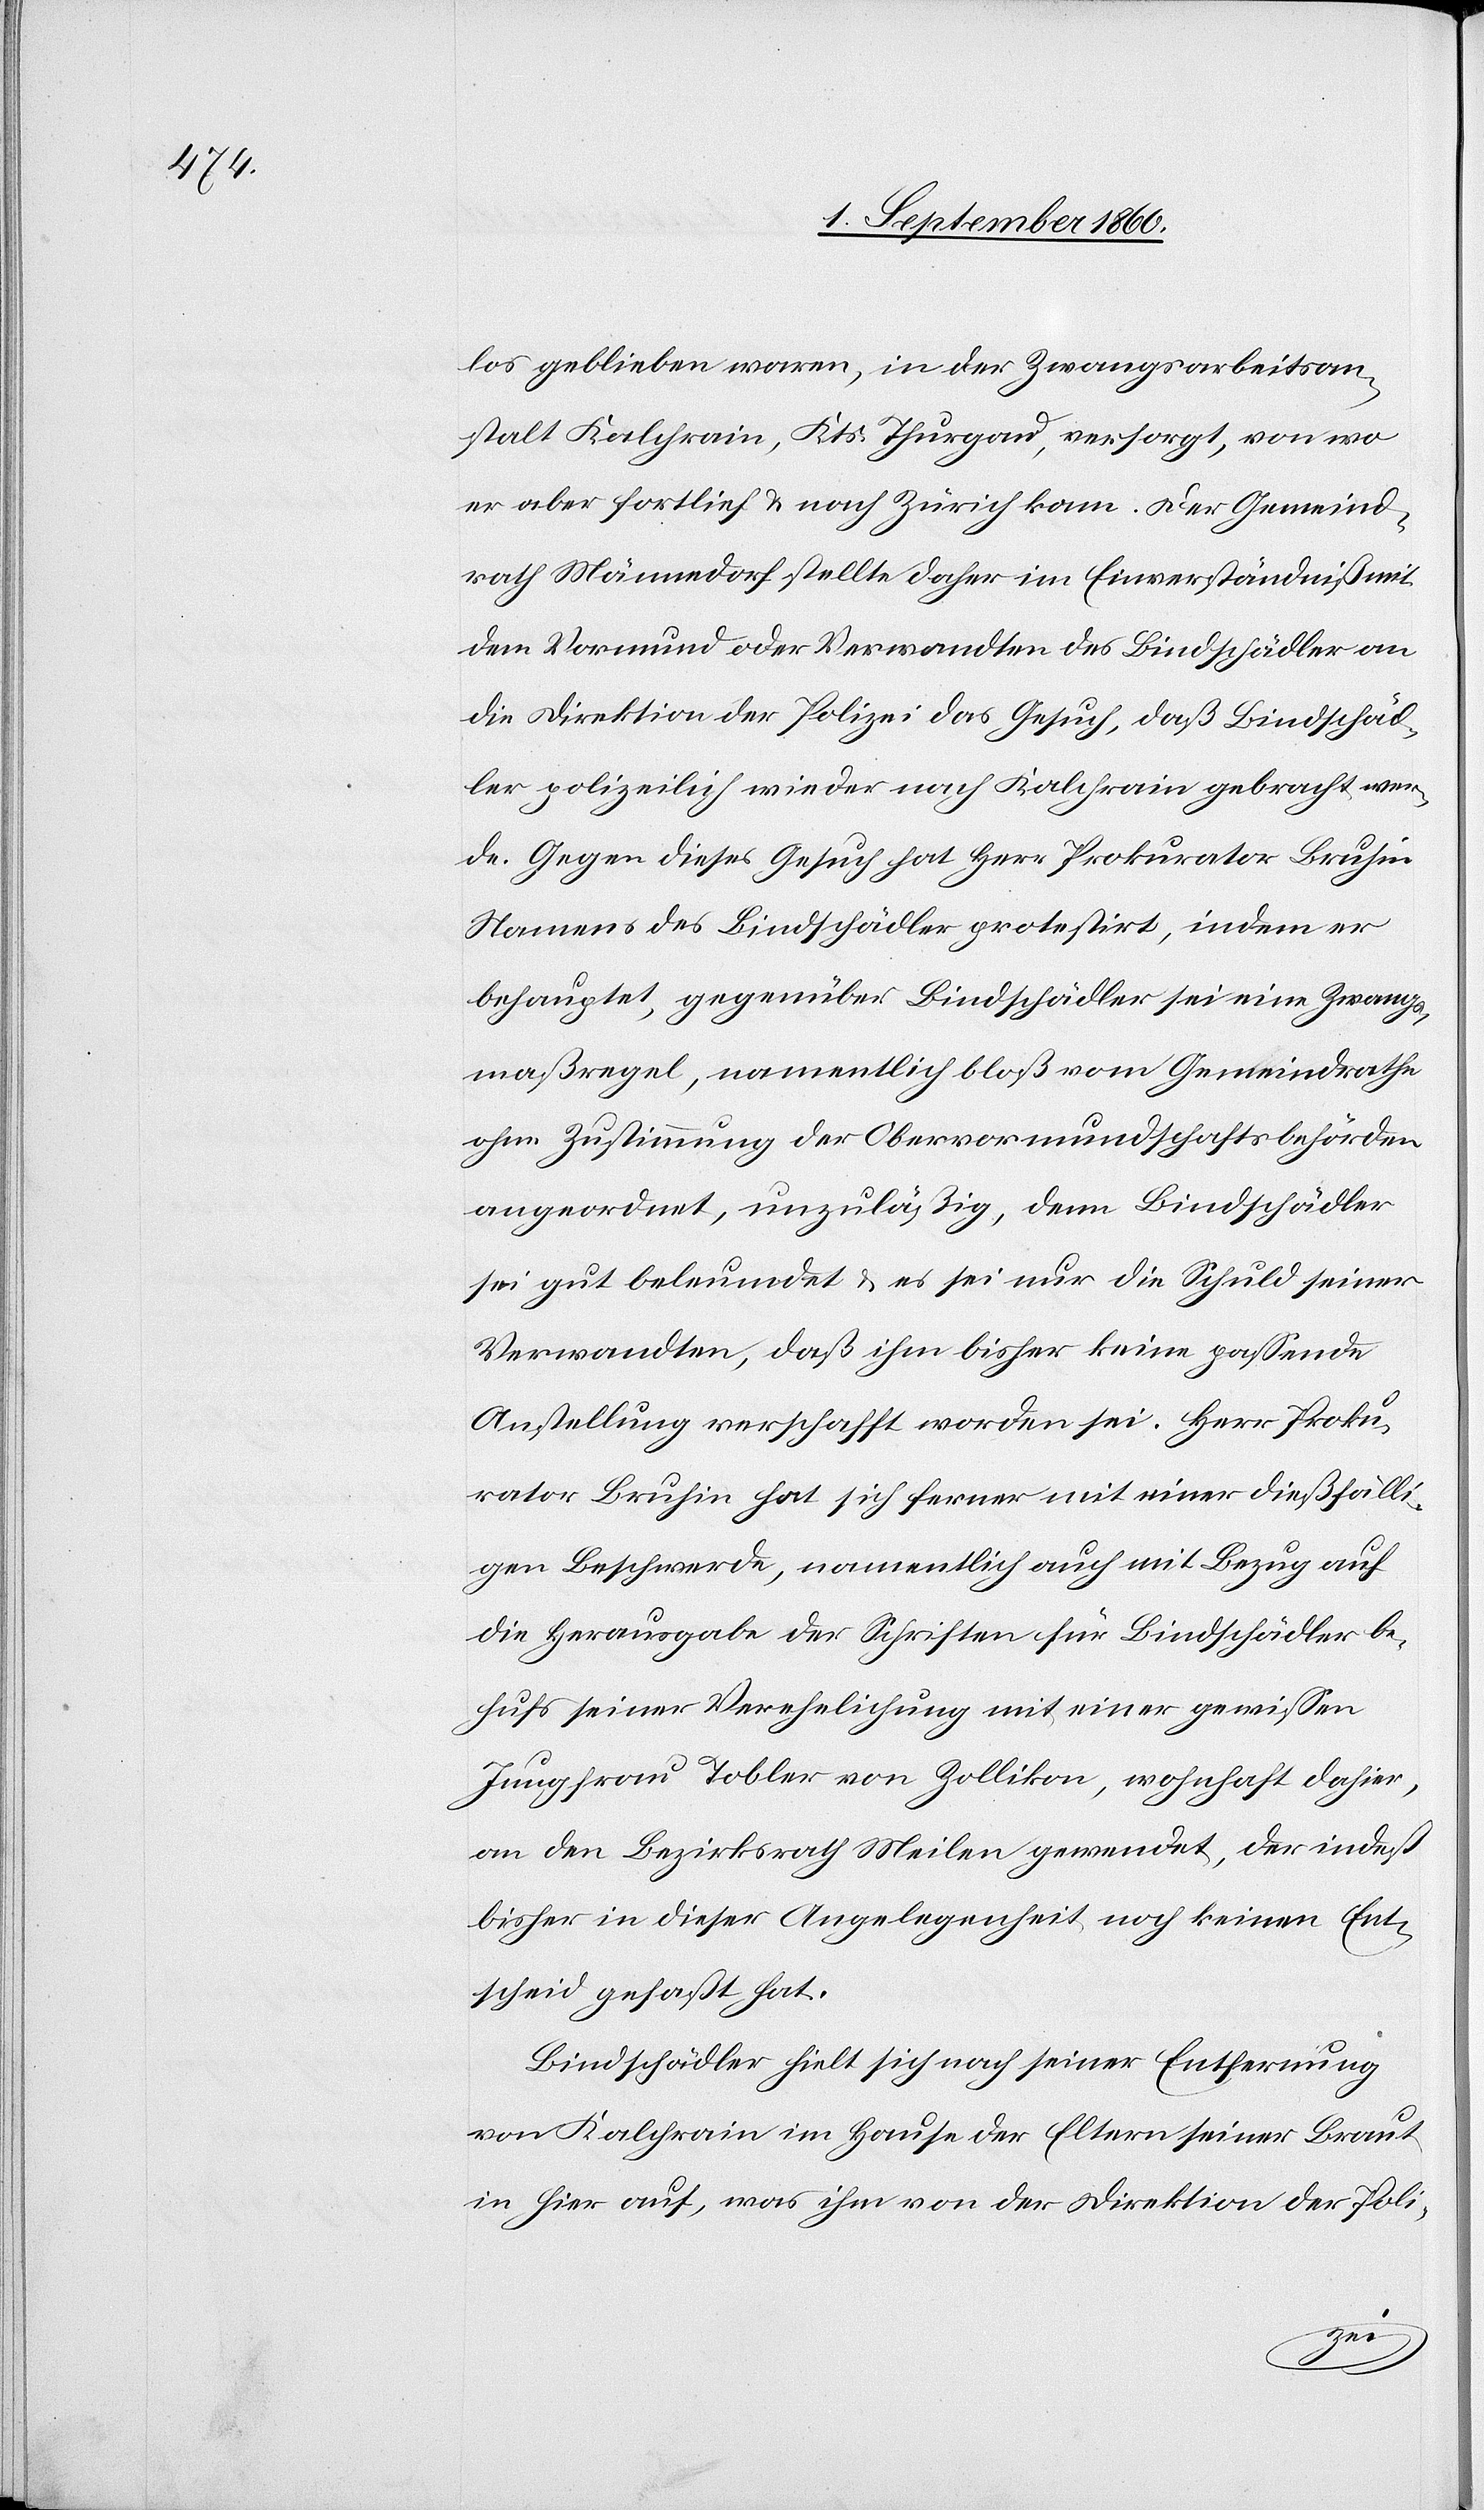
los geblieben waren, in der Zwangsarbeitsan¬
stalt Kalchrain, Kts. Thurgau, versorgt, von wo
er aber fortlief u. nach Zürich kam. Der Gemeind¬
rath Männedorf stellte daher im Einverständniss mit
dem Vormund oder Verwandten des Bindschädler an
die Direktion der Polizei das Gesuch, dass Bindschäd¬
ler polizeilich wieder nach Kalchrain gebracht wer¬
de. Gegen dieses Gesuch hat Herr Prokurator Bruhin
Namens des Bindschädler protestirt, indem er
behauptet, gegenüber Bindschäder sei eine Zwangs¬
massregel, namentlich bloss vom Gemeindrathe
ohne Zustimmung der Obervormundschaftsbehörden
angeordnet, unzulässig, denn Bindschädler
sei gut beleumdet u. es sei nur die Schuld seines
Verwandten, dass ihm bisher keine passende
Anstellung verschafft worden sei. Her Proku¬
rator Bruhin hat sich ferner mit einer diesfälli¬
gen Beschwerde, namentlich auch mit Bezug auf
die Herausgabe der Schriften für Bindschädler be¬
hufs seiner Verehelichung mit einer gewissen
Jungfrau Tobler von Zollikon, wohnhaft daher,
an den Bezirksrath Meilen gewendet, der indess
bisher in dieser Angelegenheit noch keinen Ent¬
scheid gefasst hat.
Bindschädler hielt sich nach seiner Entfernung
von Kalchrain im Hause der Eltern seiner Braut
in hier auf, was ihm von der Direktion der Poli-